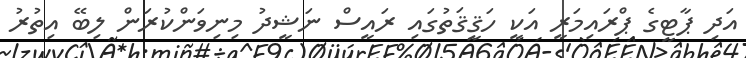
އަދި ޕާޓީގެ ޕްރައިމަރީ އަކީ ހަޤީޤަތުގައި ރައީސް ނަޝީދު މިނިވަންކުރަން ލިބޭ އިތުރު